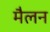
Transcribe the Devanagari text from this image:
मैलन